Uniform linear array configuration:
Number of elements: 48
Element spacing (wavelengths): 0.25
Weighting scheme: hamming
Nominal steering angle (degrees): -15
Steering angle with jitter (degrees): -14.471
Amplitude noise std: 0.05
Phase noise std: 0.05

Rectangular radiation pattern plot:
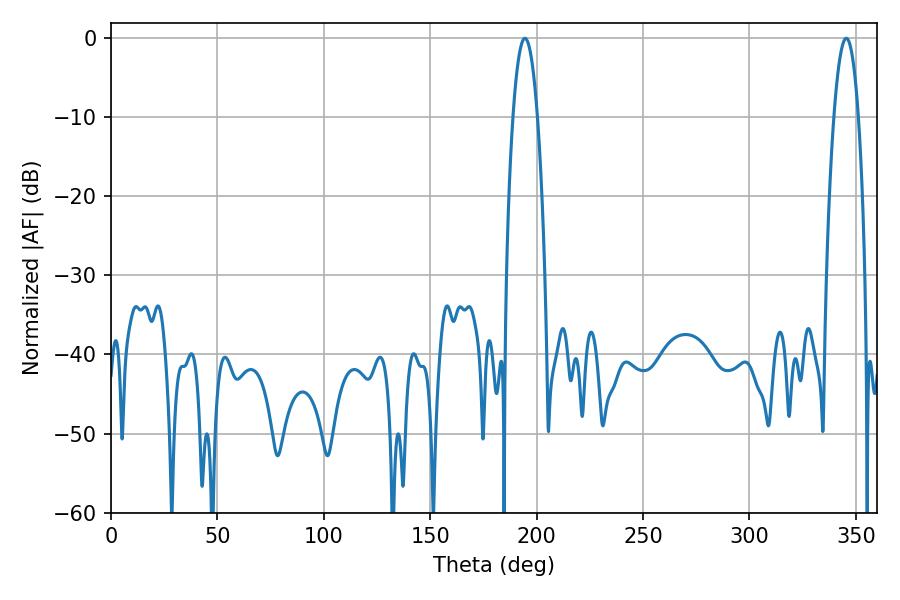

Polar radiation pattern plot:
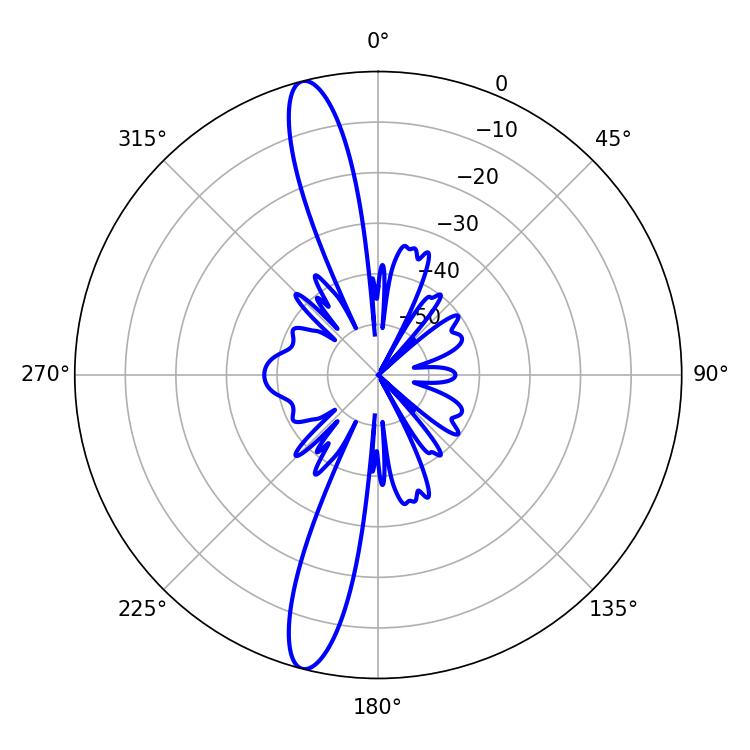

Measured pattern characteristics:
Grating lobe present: FALSE
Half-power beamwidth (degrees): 6.3
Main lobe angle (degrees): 345.42